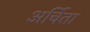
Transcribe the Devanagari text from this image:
अर्चिता